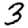
Digit: 3